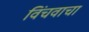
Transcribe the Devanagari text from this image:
विंचवाचा